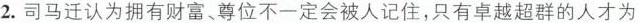
2.司马迁认为拥有财富、尊位不一定会被人记住，只有卓越超群的人才为